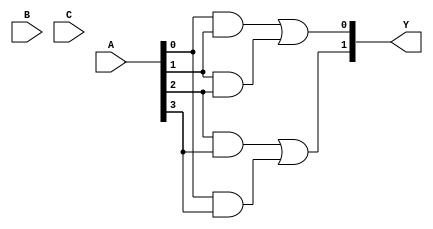
module PAL (
    input wire [N-1:0] A,      // N input signals
    input wire [M-1:0] B,      // M input signals (if needed)
    input wire [P-1:0] C,      // Additional inputs if needed
    output wire [O-1:0] Y      // O output signals
);

// Parameters for the PAL configuration
parameter N = 4; // Number of inputs
parameter M = 2; // Number of additional inputs (if needed)
parameter P = 2; // Number of additional inputs (if needed)
parameter O = 2; // Number of outputs
parameter AND_TERMS = 4; // Number of programmable AND gates

// Programmable AND array
wire [AND_TERMS-1:0] and_out; // Outputs from the AND gates

// Example of programmable connections for AND gates
// Each AND gate can be programmed to connect specific inputs
assign and_out[0] = A[0] & A[1]; // Example product term 1
assign and_out[1] = A[1] & A[2]; // Example product term 2
assign and_out[2] = A[2] & A[3]; // Example product term 3
assign and_out[3] = A[0] & A[3]; // Example product term 4

// Fixed OR array
assign Y[0] = and_out[0] | and_out[1]; // Output 1
assign Y[1] = and_out[2] | and_out[3]; // Output 2

endmodule